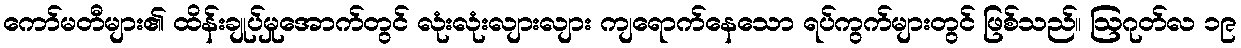
ကော်မတီများ၏ ထိန်းချုပ်မှုအောက်တွင် လုံးလုံးလျားလျား ကျရောက်နေသော ရပ်ကွက်များတွင် ဖြစ်သည်။ ဩဂုတ်လ ၁၉